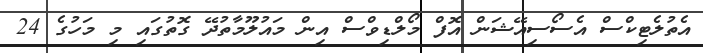
އެތުލެޓިކްސް އެސޯސިއޭޝަން އޮފް މޯލްޑިވްސް އިން މައުލޫމާތުދޭ ގޮތުގައި މި މަހުގެ 24